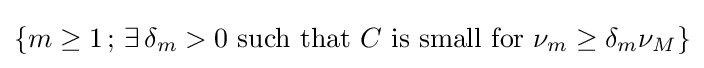
\{m\geq 1\,;\,\exists \,\delta _{m}>0{\text{ such that }}C{\text{ is small for }}\nu _{m}\geq \delta _{m}\nu _{M}\}